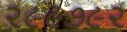
૨૯૯૭૯૨